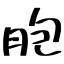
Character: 胞